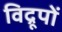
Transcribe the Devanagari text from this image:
विद्रूपों